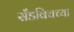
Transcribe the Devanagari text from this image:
सँडविचच्या